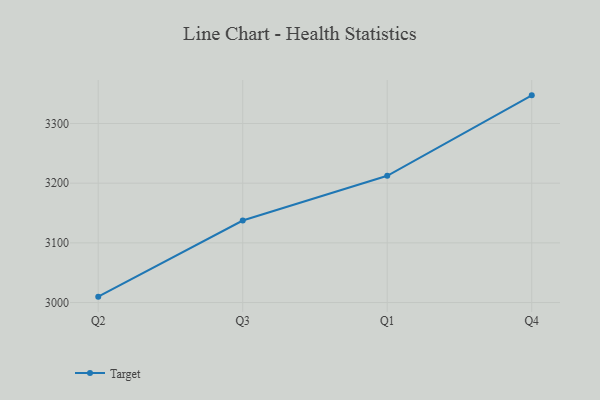
{"axis": {"x": "Quarter", "y": "Page Views"}, "legend": ["Target"], "data": [{"x": "Q2", "y": 3009.9, "type": "Target"}, {"x": "Q3", "y": 3137.4, "type": "Target"}, {"x": "Q1", "y": 3212.3, "type": "Target"}, {"x": "Q4", "y": 3347.1, "type": "Target"}]}